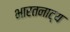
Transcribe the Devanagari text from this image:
भारतनाट्य